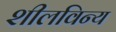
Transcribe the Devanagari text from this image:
शीलविन्य